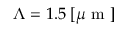
\Lambda = 1 . 5 \; [ \mu \mathrm { ~ m ~ } ]